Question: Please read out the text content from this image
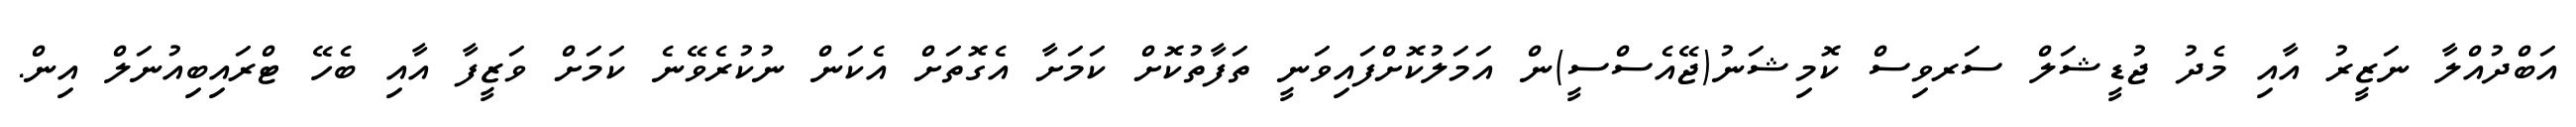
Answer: އަބްދުއްލާ ނަޒީރު އާއި މެދު ޖުޑީޝަލް ސަރވިސް ކޮމިޝަނު(ޖޭއެސްސީ)ން އަމަލުކޮށްފައިވަނީ ތަފާތުކޮށް ކަމަށާ އެގޮތަށް އެކަން ނުކުރެވޭނެ ކަމަށް ވަޒީފާ އާއި ބެހޭ ޓްރައިބިއުނަލް އިން.